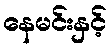
နေမင်းနှင့်